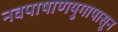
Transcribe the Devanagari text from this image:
नवपाषाणयुगापासून